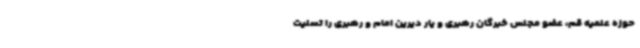
حوزه علمیه قم، عضو مجلس خبرگان رهبری و یار دیرین امام و رهبری را تسلیت